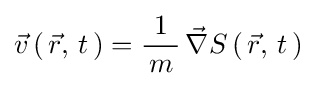
{\vec {v}}\left(\,{\vec {r}},\,t\,\right)={\frac {1}{\,m\,}}\,{\vec {\nabla }}S\left(\,{\vec {r}},\,t\,\right)~